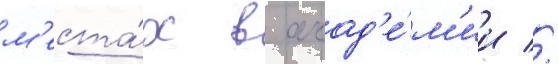
м'еста́х в акад'е́м'ии //